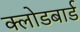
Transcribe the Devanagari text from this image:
क्लोडबार्ड